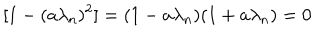
LaTeX: [ 1 - ( a \lambda _ { n } ) ^ { 2 } ] = ( 1 - a \lambda _ { n } ) ( 1 + a \lambda _ { n } ) = 0